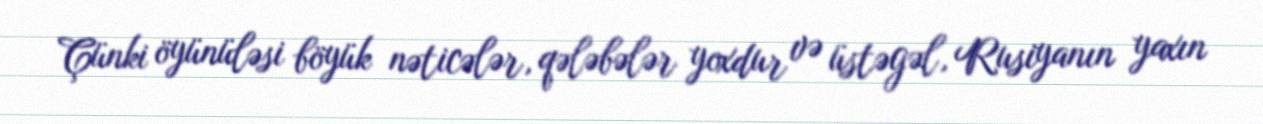
Çünki öyünüləsi böyük nəticələr, qələbələr yoxdur və üstəgəl, Rusiyanın yaxın